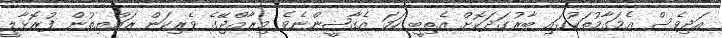
އަދިވެސް އެމަގާމުތަކުގައި ބާރުގަދަކޮށް އެތިބީ ހަމަ އެގާޟީންނެވެ މިރާއްޖޭގެ ވެރިކަން ރައްޔިތުން ފުރޮޅާލީ